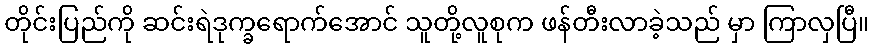
တိုင်းပြည်ကို ဆင်းရဲဒုက္ခရောက်အောင် သူတို့လူစုက ဖန်တီးလာခဲ့သည် မှာ ကြာလှပြီ။